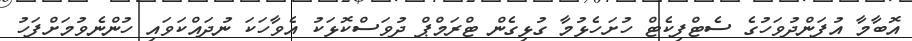
އޮބާމާ އުފަންދުވަހުގެ ސެޓްފިކެޓް ހުށަހެޅުމާ ގުޅިގެން ޓްރަމްޕް ދުވަސްކޮޅަކު އެވާހަކަ ނުދައްކަވައި ހުންނެވުމަށްފަހު